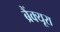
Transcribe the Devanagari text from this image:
ब्रैंक्यूरा